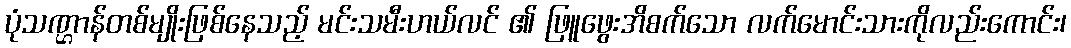
ပုံသဏ္ဌာန်တစ်မျိုးဖြစ်နေသည့် မင်းသမီးဟယ်လင် ၏ ဖြူဖွေးအိစက်သော လက်မောင်းသားကိုလည်းကောင်း၊